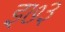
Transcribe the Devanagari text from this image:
इ७३